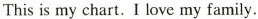
Thisis my chart.I love my family.